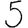
Digit: 5